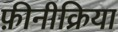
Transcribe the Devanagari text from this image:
फ़ीनीक्रिया